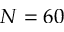
N = 6 0